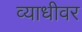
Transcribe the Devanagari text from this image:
व्याधीवर